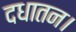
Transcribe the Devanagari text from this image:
दधातन।